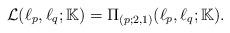
LaTeX: \begin{align*}\mathcal{L}(\ell_{p},\ell_q;\mathbb{K})=\Pi_{(p;2,1)}(\ell_{p}, \ell_q;\mathbb{K}).\end{align*}